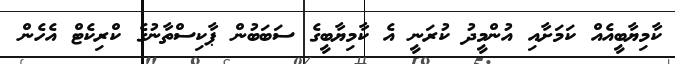
ކާމިޔާބީއެއް ކަމަށާއި އުންމީދު ކުރަނީ އެ ކާމިޔާބީގެ ސަބަބުން ޕާކިސްތާނުގެ ކްރިކެޓް އެހެން